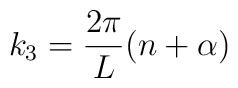
k_{3} = \frac{2\pi}{L}(n+\alpha)